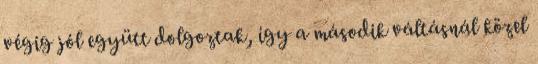
végig jól együtt dolgoztak, így a második váltásnál közel